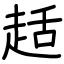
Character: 趏